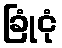
ခြုံငုံ